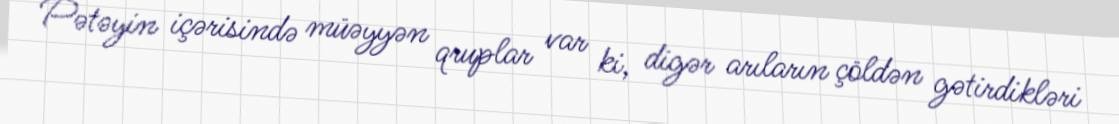
Pətəyin içərisində müəyyən qruplar var ki, digər arıların çöldən gətirdikləri